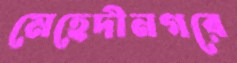
মেহেদীনগরে